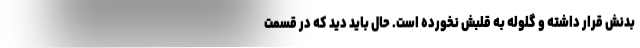
بدنش قرار داشته و گلوله به قلبش نخورده است. حال باید دید که در قسمت